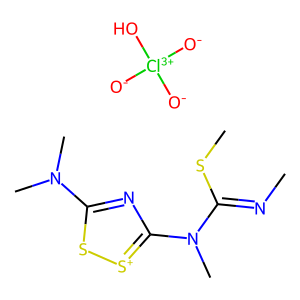
SMILES: CN=C(SC)N(C)c1nc(N(C)C)s[s+]1.[O-][Cl+3]([O-])([O-])O
Inhibits HIV replication: No